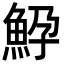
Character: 䱆